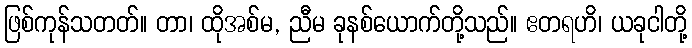
ဖြစ်ကုန်သတတ်။ တာ၊ ထိုအစ်မ, ညီမ ခုနစ်ယောက်တို့သည်။ ဧတရဟိ၊ ယခုငါတို့